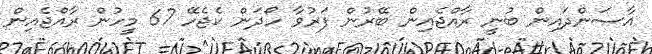
އާސަންދައިން ބުނީ ރާއްޖެއިން ބޭރުން ފަރުވާ ހޯދަން ކެޖެހޭ 67 މީހުން ރާއްޖެއިން